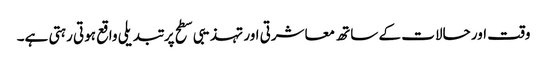
وقت اور حالات کے ساتھ معاشرتی اور تہذیبی سطح پر تبدیلی واقع ہوتی رہتی ہے۔